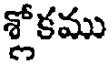
శ్లోకము